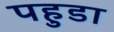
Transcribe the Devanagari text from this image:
पहुडा